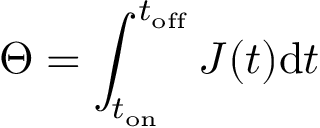
\Theta = \int _ { t _ { \mathrm { o n } } } ^ { t _ { \mathrm { o f f } } } J ( t ) \mathrm d t